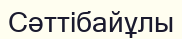
Сәттібайұлы